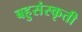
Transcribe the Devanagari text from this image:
बहुसंस्कृती